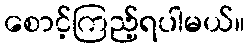
စောင့်ကြည့်ရပါမယ်။